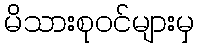
မိသားစုဝင်များမှ